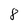
Character: 8